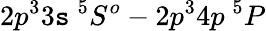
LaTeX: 2p^{3}3\mathtt{s}~^{5}S^{o}-2p^{3}4p~^{5}P